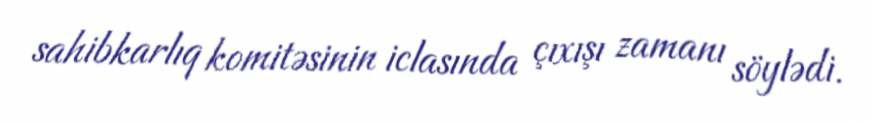
sahibkarlıq komitəsinin iclasında çıxışı zamanı söylədi.